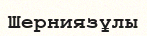
Шерниязұлы